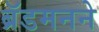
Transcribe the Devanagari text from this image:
ब्रॅडमनने